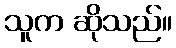
သူက ဆိုသည်။